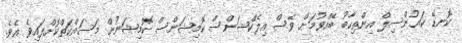
ކޮނޑޭ ކައުންސިލް އިންތިހާބު ބޭއްވުމަށް ވެސް އިލެކްޝަންސް ކޮމިޝަންސް ކޮމިޝަނުން މަސައްކަތްކޮށްފައިވެ އެވެ.